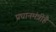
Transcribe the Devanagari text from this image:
प्रधानमंत्रीहै